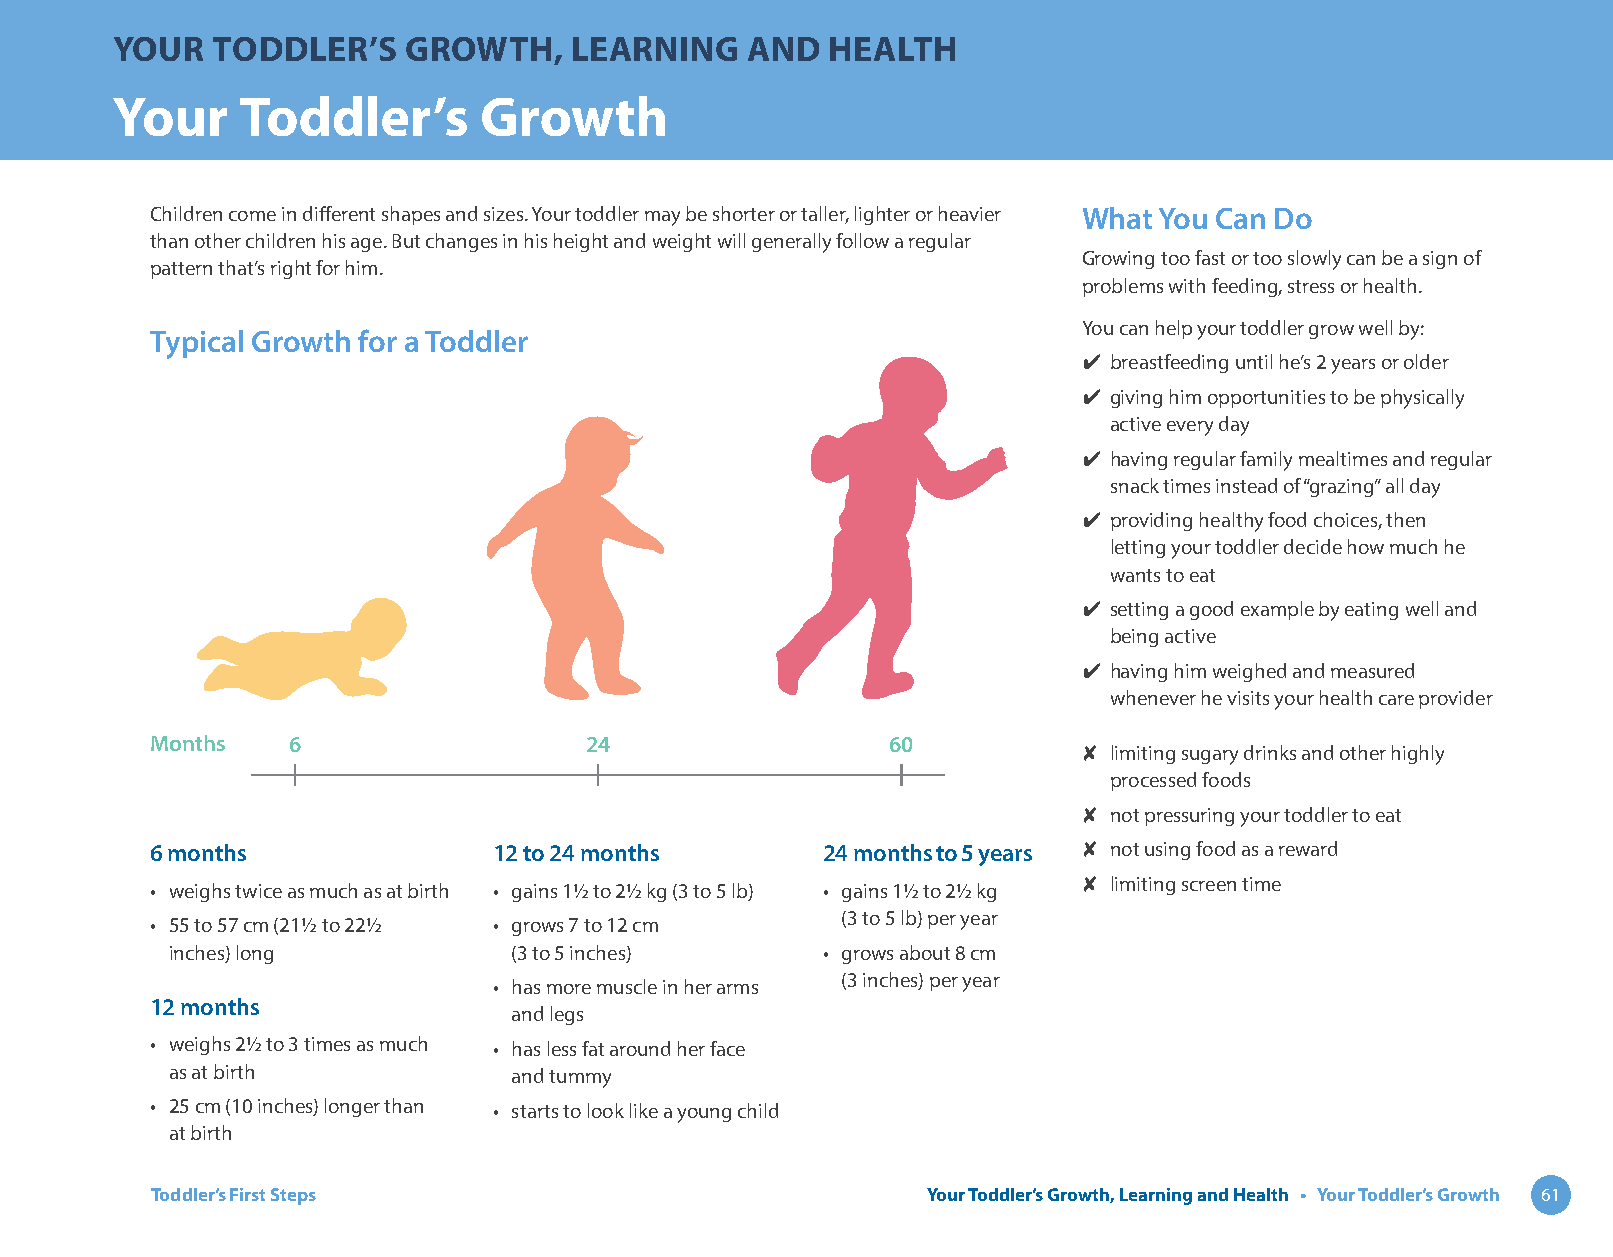
YOUR   TODDLER’S    GROWTH,    LEARNING    AND  HEALTH
 Your     Toddler’s       Growth
 Children come in different shapes and sizes. Your toddler may be shorter or taller, lighter or heavier What You Can Do
 than other children his age. But changes in his height and weight will generally follow a regular
 Growing too fast or too slowly can be a sign of
 pattern that’s right for him.
 problems with feeding, stress or health.
 You can help your toddler grow well by:
 Typical Growth for a Toddler
 ✔ breastfeeding until he’s 2 years or older
 ✔ giving him opportunities to be physically
 active every day
 ✔ having regular family mealtimes and regular
 snack times instead of “grazing” all day
 ✔ providing healthy food choices, then
 letting your toddler decide how much he
 wants to eat
 ✔ setting a good example by eating well and
 being active
 ✔ having him weighed and measured
 whenever he visits your health care provider
 Months   6                   24                  60
 ✘ limiting sugary drinks and other highly
 processed foods
 ✘ not pressuring your toddler to eat
 6 months               12 to 24 months      24 months to 5 years ✘ not using food as a reward
 ✘ limiting screen time
 • weighs twice as much as at birth • gains 1½ to 2½ kg (3 to 5 lb) • gains 1½ to 2½ kg
 (3 to 5 lb) per year
 • 55 to 57 cm (21½ to 22½ • grows 7 to 12 cm
 inches) long           (3 to 5 inches)     • grows about 8 cm
 (3 inches) per year
 • has more muscle in her arms
 12 months
 and legs
 • weighs 2½ to 3 times as much • has less fat around her face
 as at birth            and tummy
 • 25 cm (10 inches) longer than • starts to look like a young child
 at birth
 Toddler’s First Steps                              Your Toddler’s Growth, Learning and Health • Your Toddler’s Growth 61